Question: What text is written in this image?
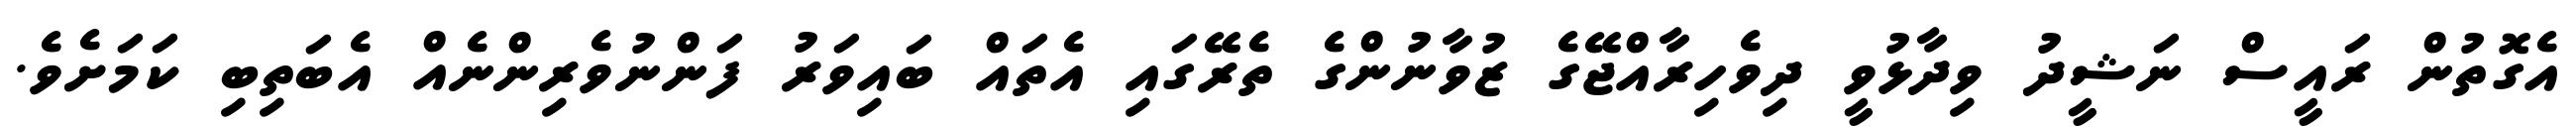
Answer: އެގޮތުން ރައީސް ނަޝީދު ވިދާޅުވީ ދިވެހިރާއްޖޭގެ ޒުވާނުންގެ ތެރޭގައި އެތައް ބައިވަރު ފަންނުވެރިންނެއް އެބަތިބި ކަމަށެވެ.